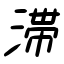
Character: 滞